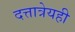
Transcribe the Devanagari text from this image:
दत्तात्रेयही